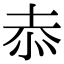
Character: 𭜙